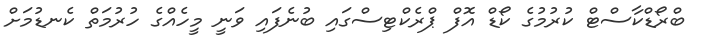
ބްރޯޑްކާސްޓް ކުރުމުގެ ކޯޑް އޮފް ޕްރެކްޓިސްގައި ބުނެފައި ވަނީ މީހެއްގެ ހުރުމަތް ކެނޑުމަށް